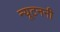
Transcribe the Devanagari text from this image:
न्यूटननी